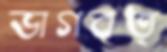
ভাগবত্